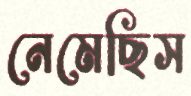
নেমেছিস